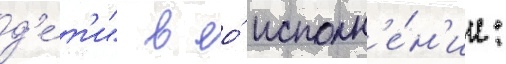
д'е́т'и" в ео́ исполн'е́н'ии: